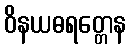
ဝိနယဓရတ္တေန